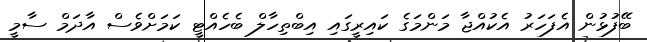
ބޭފުޅުން އެފަހަރު އެކުއްޖާ މަންމަގެ ކައިރީގައި އިބްތިހާލް ބެހެއްޓީ ކަމަށްވެސް އާދަމް ސާމީ